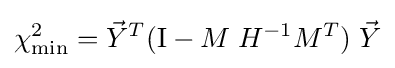
\chi _{\text{min}}^{2}={\vec {Y}}^{T}(\mathrm {I} -M\;H^{-1}M^{T})\;{\vec {Y}}